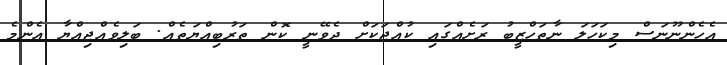
އެހެންނޫނަސް މިކަހަލަ ނާތަހްޒީބު ރަށެއްގައި ކުއްޖަކަށް ދެވޭނީ ކޮން ތަރުބިއްޔަތެއް. ބަލިވެއްޖިއްޔާ އެންމެ